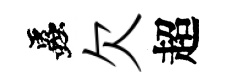
蟲欠超